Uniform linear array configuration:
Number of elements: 16
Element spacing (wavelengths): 0.5
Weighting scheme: blackman
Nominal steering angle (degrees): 0
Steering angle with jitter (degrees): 0.6422
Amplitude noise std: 0.05
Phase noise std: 0.05

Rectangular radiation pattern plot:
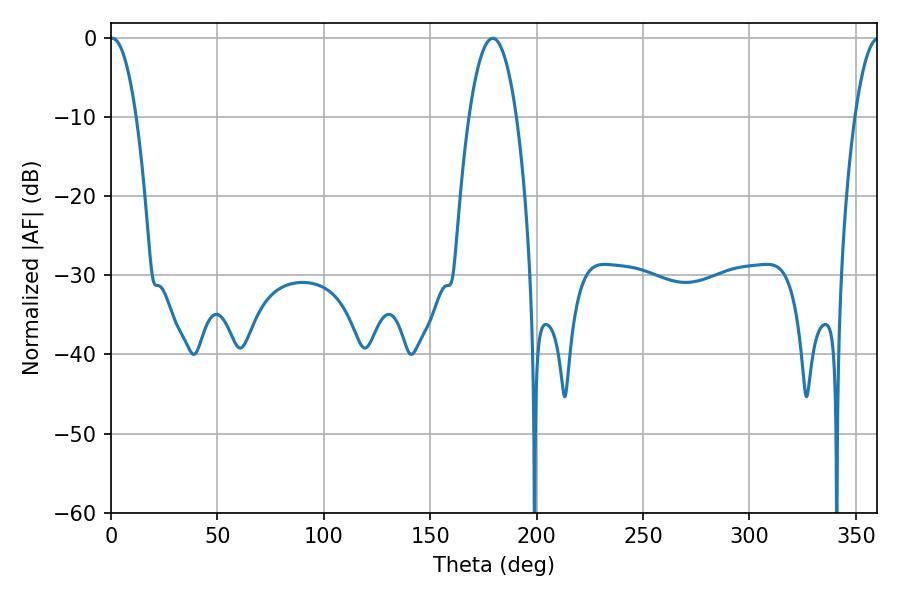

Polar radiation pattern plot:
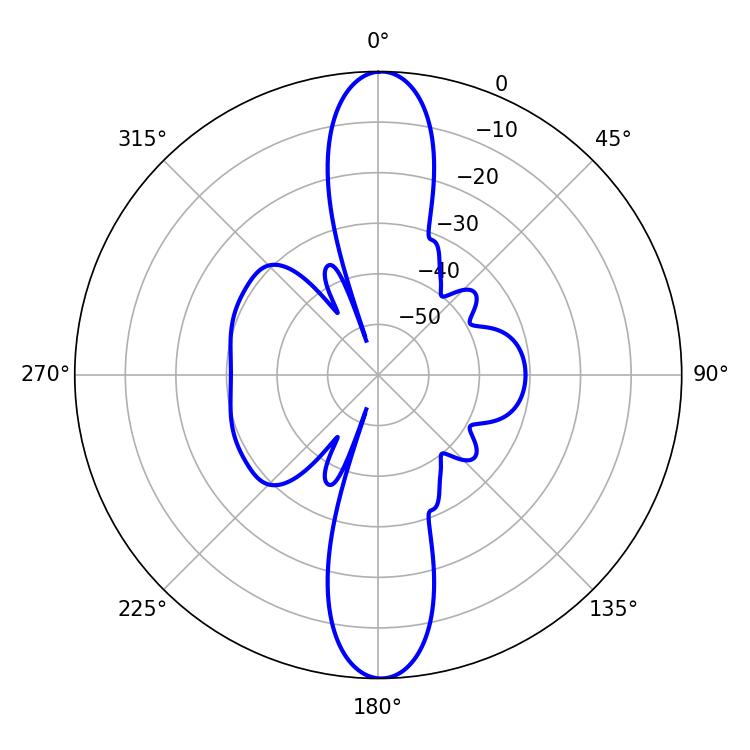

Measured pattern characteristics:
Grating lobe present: FALSE
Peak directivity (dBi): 26.689
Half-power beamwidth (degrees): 6.84
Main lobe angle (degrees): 0.72